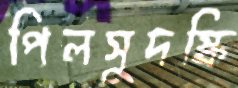
পিলসুদস্কি